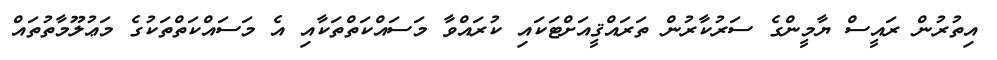
އިތުރުން ރައީސް ޔާމީންގެ ސަރުކާރުން ތަރައްޤީއަށްޓަކައި ކުރައްވާ މަސައްކަތްތަކާއި އެ މަސައްކަތްތަކުގެ މަޢުލޫމާތުތައް